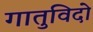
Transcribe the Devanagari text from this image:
गातुविदो